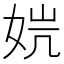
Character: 𰌁